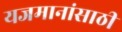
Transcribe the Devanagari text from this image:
यजमानांसाठी